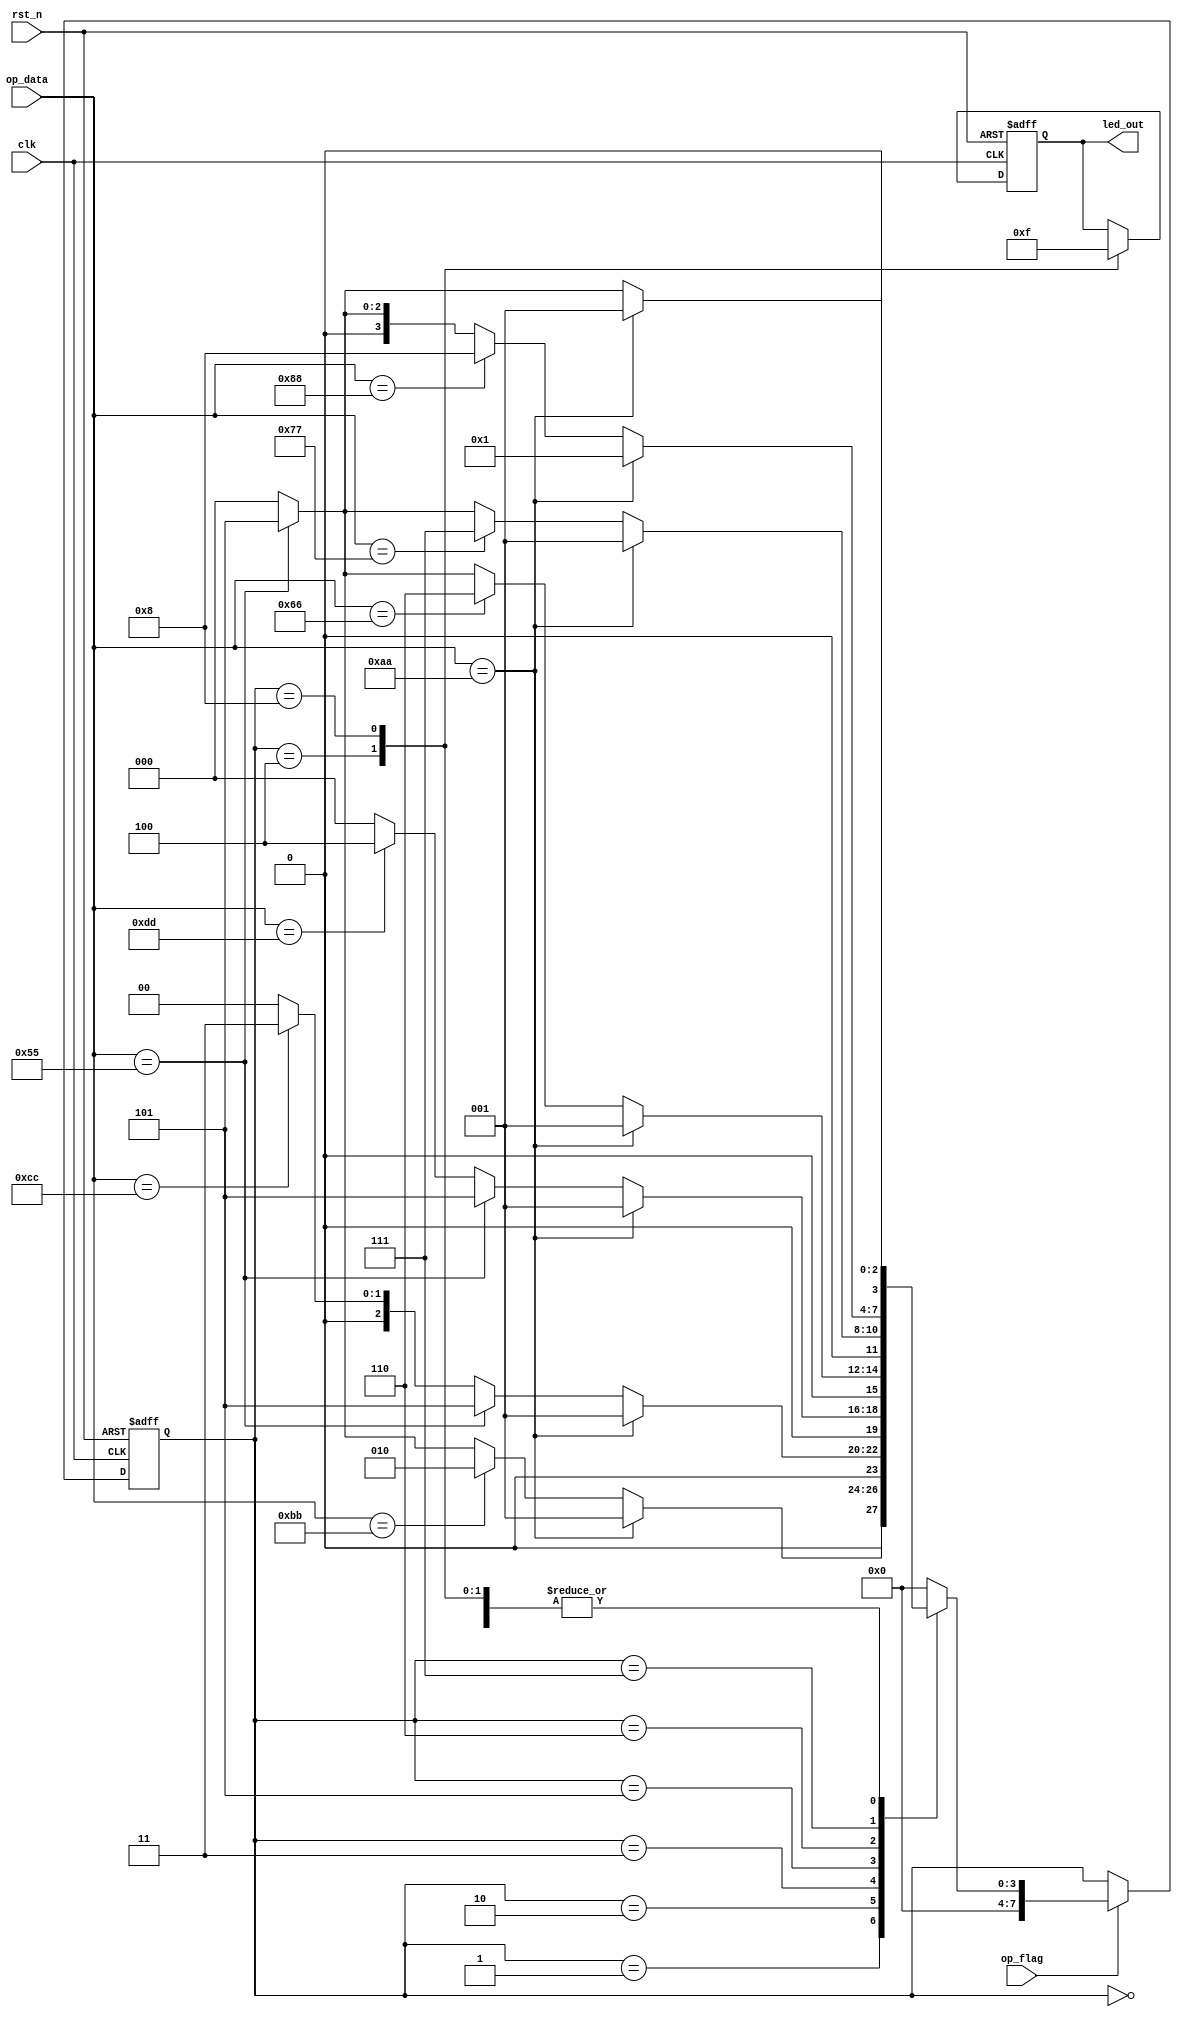
module Detect_Module (
	input clk,
	input rst_n, 
	input [7:0] op_data,
	input op_flag,
	output reg [3:0] led_out
);
	
	//
	parameter IDLE = 8'd0;
	parameter B_AA = 8'd1;
	parameter B_BB = 8'd2;
	parameter B_CC = 8'd3;
	parameter B_DD = 8'd4;
	parameter E_55 = 8'd5;
	parameter E_66= 8'd6;
	parameter E_77 = 8'd7;
	parameter E_88 = 8'd8;
	
	reg [7:0] state;

	/*state transition logic*/
	always @(posedge clk or negedge rst_n) begin
		if(~rst_n) begin
			state <= IDLE;
		end else if(op_flag) begin
			case(state) 
				IDLE : state <= (op_data == 8'hAA) ? B_AA : (op_data == 8'h55) ? E_55 : IDLE;
				
				B_AA : state <= (op_data == 8'hAA) ? B_AA : (op_data == 8'hBB) ? B_BB : (op_data == 8'h55) ? E_55 : IDLE;
				B_BB : state <= (op_data == 8'hAA) ? B_AA : (op_data == 8'h55) ? E_55 : (op_data == 8'hCC) ? B_CC : IDLE;
				B_CC : state <= (op_data == 8'hAA) ? B_AA : (op_data == 8'h55) ? E_55 : (op_data == 8'hDD) ? B_DD : IDLE;
				B_DD : state <= (op_data == 8'hAA) ? B_AA : (op_data == 8'h55) ? E_55 : IDLE;

				E_55 : state <= (op_data == 8'hAA) ? B_AA : (op_data == 8'h66) ? E_66 : (op_data == 8'h55) ? E_55 : IDLE;
				E_66 : state <= (op_data == 8'hAA) ? B_AA : (op_data == 8'h77) ? E_77 : (op_data == 8'h55) ? E_55 : IDLE;
				E_77 : state <= (op_data == 8'hAA) ? B_AA : (op_data == 8'h88) ? E_88 : (op_data == 8'h55) ? E_55 : IDLE;
				E_88 : state <= (op_data == 8'hAA) ? B_AA : (op_data == 8'h55) ? E_55 : IDLE;

				default : state <= IDLE;
			endcase
		end else begin
			state <= state;
		end
	end

	/*output led_out*/
	always @(posedge clk or negedge rst_n) begin
		if(~rst_n) begin
			led_out <= 4'b1111;
		end else begin
			case(state) 
				B_DD : led_out <= 4'b0000;
				E_88 : led_out <= 4'b1111;
				default : led_out <= led_out;
			endcase
		end
	end

endmodule